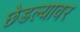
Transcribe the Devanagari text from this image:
छेडल्यावर